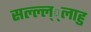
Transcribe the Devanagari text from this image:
सल्ल्ल््लाहु